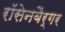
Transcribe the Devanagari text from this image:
रॉसेनबैर्गर